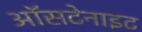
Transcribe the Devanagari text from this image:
ऑसटेनाइट